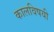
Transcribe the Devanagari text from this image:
कालविषयी